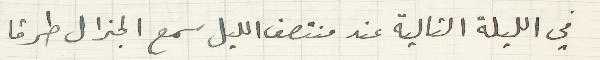
في الليلة التالية عند منتصف الليل سمع الجنرال طرقا